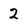
Character: 2